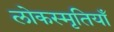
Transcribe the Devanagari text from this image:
लोकस्मृतियाँ